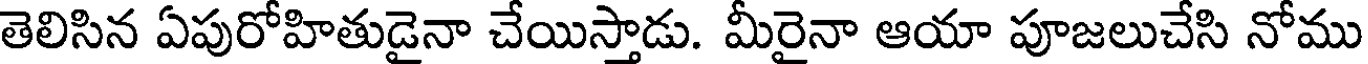
తెలిసిన ఏపురోహితుడైనా చేయిస్తాడు. మీరైనా ఆయా పూజలుచేసి నోము